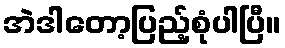
အဲဒါတော့ပြည့်စုံပါပြီ။